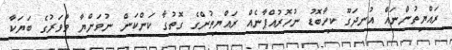
ރައްޔިތުންނައް އުނދަގޫ ކިހާބޮޑު ނުހޮރުއްޕާނެއް ރައްޔިތުންގެ ގޮތުގާ ކަންކަން ނުވަންޔާ ވާވަރުގެ ބަޔަކާ